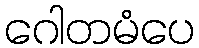
ဂေါတမံပေ